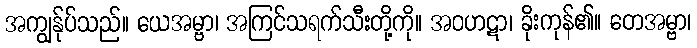
အကျွန်ုပ်သည်။ ယေအမ္ဗာ၊ အကြင်သရက်သီးတို့ကို။ အဝဟဋာ၊ ခိုးကုန်၏။ တေအမ္ဗာ၊